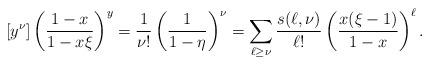
LaTeX: \begin{align*}[y^{\nu}]\left(\frac{1-x}{1-x\xi}\right)^y&=\frac{1}{\nu!}\left(\frac{1}{1-\eta}\right)^{\nu}=\sum_{\ell\ge\nu}\frac{s(\ell,\nu)}{\ell!}\left(\frac{x(\xi-1)}{1-x}\right)^{\ell}.\end{align*}